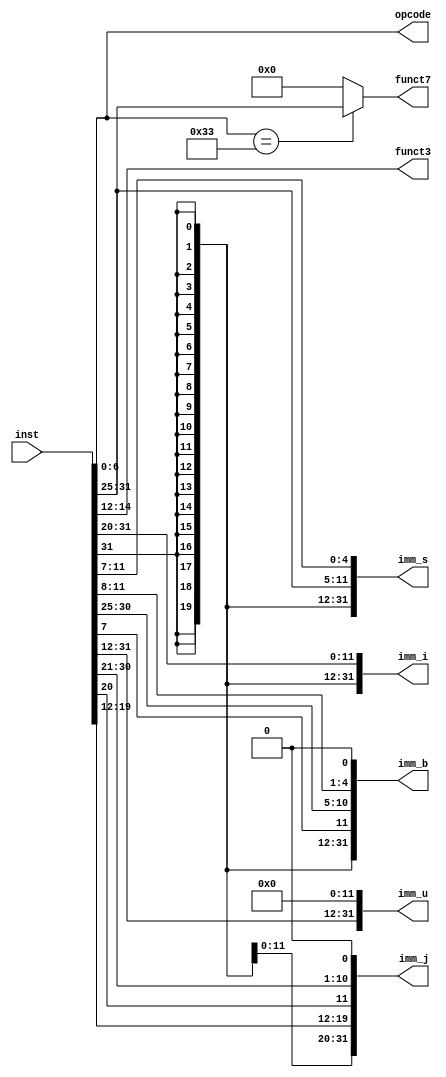
`timescale 1ns / 1ps

module IDU32Decoder (  //
    input  [31:0] inst,
    output [ 6:0] opcode,
    output [ 2:0] funct3,
    output [ 6:0] funct7,
    output [31:0] imm_i,
    output [31:0] imm_s,
    output [31:0] imm_b,
    output [31:0] imm_u,
    output [31:0] imm_j
);
  assign opcode = inst[6:0];
  assign funct3 = inst[14:12];
  assign funct7 = opcode == 7'b011_0011 ? inst[31:25] : 7'b0;
  assign imm_i  = {{21{inst[31]}}, inst[30:25], inst[24:21], inst[20]};
  assign imm_s  = {{21{inst[31]}}, inst[30:25], inst[11:8], inst[7]};
  assign imm_b  = {{20{inst[31]}}, inst[7], inst[30:25], inst[11:8], 1'b0};
  assign imm_u  = {inst[31], inst[30:20], inst[19:12], 12'b0};
  assign imm_j  = {{12{inst[31]}}, inst[19:12], inst[20], inst[30:25], inst[24:21], 1'b0};
endmodule